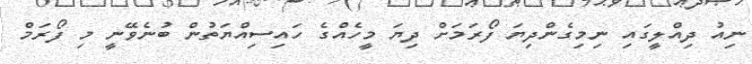
ނިއު ދިއްލީގައި ނިމިގެންދިޔަ ފޯރަމަށް ދިޔަ މީހެއްގެ ހައިސިއްޔަތުން ބުނެވޭނީ މި ފޯރަމް